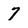
Character: 7